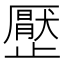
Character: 㱘